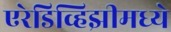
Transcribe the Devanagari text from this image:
एरेडिव्हिझीमध्ये